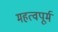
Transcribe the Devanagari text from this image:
महत्वपूर्म